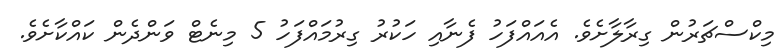
މިކްސްޗަރުން ގިރާލާށެވެ. އެއައްފަހު ފެނާއި ހަކުރު ގިރުމައްފަހު 5 މިނެޓް ވަންދެން ކައްކާށެވެ.